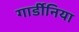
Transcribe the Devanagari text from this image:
गार्डीनिया